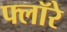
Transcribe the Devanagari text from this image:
फ्लॉरे